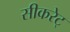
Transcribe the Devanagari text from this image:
सीकरेट्